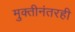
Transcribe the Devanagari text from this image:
मुक्तीनंतरही